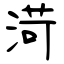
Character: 渮